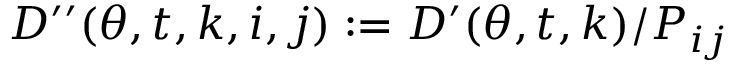
D ^ { \prime \prime } ( \theta , t , k , i , j ) : = D ^ { \prime } ( \theta , t , k ) / P _ { i j } \,